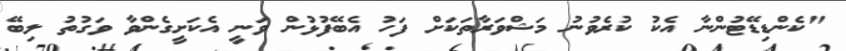
"ކެންޑިޑޭޓުންނާ އެކު ކުރެވުނު މަޝްވަރާތަކަށް ފަހު އެބޭފުޅުން ވަނީ އެކަށީގެންވާ ވަގުތު ލިބޭ